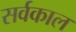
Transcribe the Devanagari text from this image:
सर्वकाल